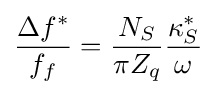
{\frac {\Delta f^{*}}{f_{f}}}={\frac {N_{S}}{\pi Z_{q}}}{\frac {\kappa _{S}^{*}}{\omega }}